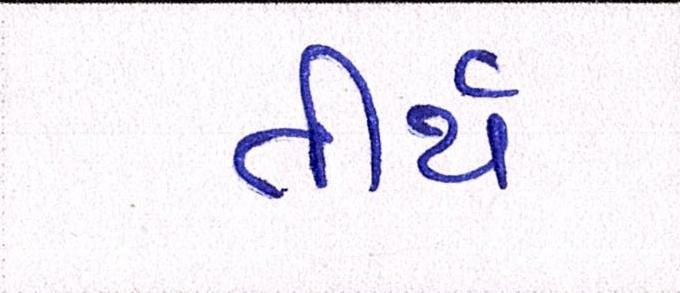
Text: તીર્થ